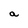
Character: a